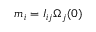
m _ { i } = I _ { i j } \Omega _ { j } ( 0 )